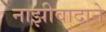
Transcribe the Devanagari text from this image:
नाझीवादाने